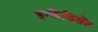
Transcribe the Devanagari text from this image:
इन्कैंडिसेंट